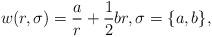
LaTeX: \begin{align*} w(r,\sigma) = \frac{a}{r} + \frac{1}{2} b r,\sigma=\{a,b\}, \end{align*}